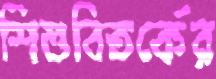
শিশুবিতর্কের